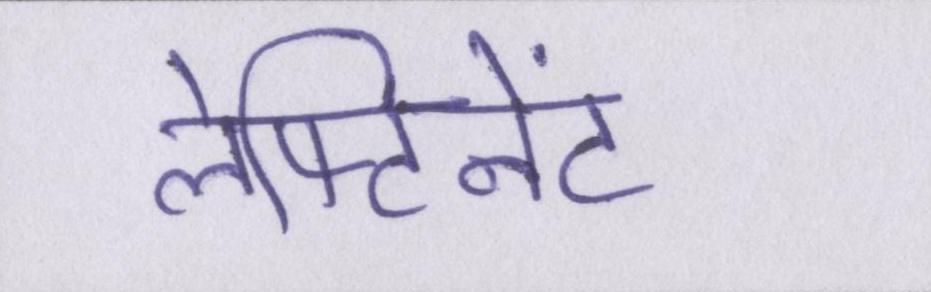
लेफ्टिनेंट